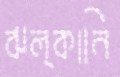
ঝল্কানি